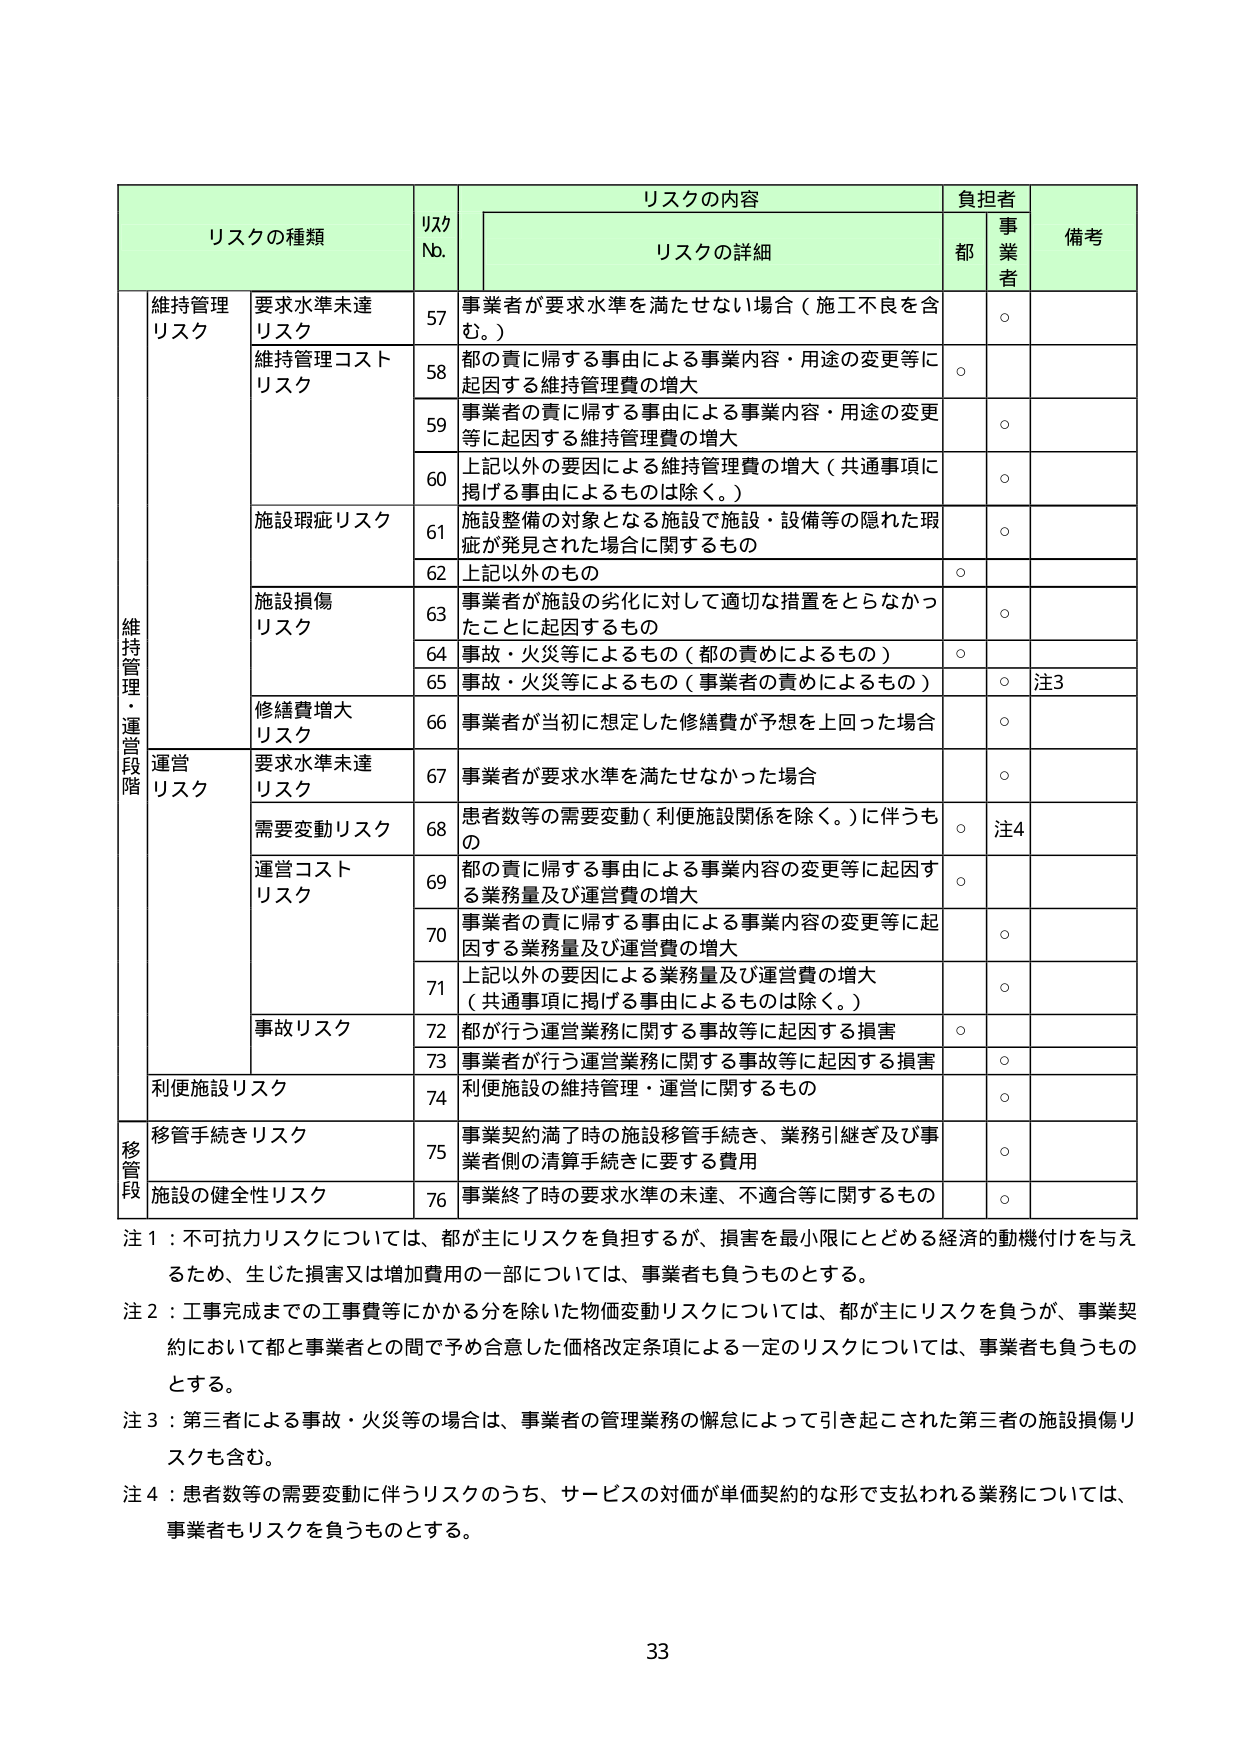
リスクの内容
負担者
リスクの種類
リスク
No.
リスクの詳細
都
事業者
備考
維持管理
リスク
要求水準未達
リスク
57
事業者が要求水準を満たせない場合（施工不良を含む。）
○
維持管理コスト
リスク
58
都の責に帰する事由による事業内容・用途の変更等に起因する維持管理費の増大
○
59
事業者の責に帰する事由による事業内容・用途の変更等に起因する維持管理費の増大
○
60
上記以外の要因による維持管理費の増大（共通事項に掲げる事由によるものは除く。）
○
施設瑕疵リスク
61
施設整備の対象となる施設で施設・設備等の隠れた瑕疵が発見された場合に関するもの
○
62
上記以外のもの
○
施設損傷
リスク
63
事業者が施設の劣化に対して適切な措置をとらなかったことに起因するもの
○
64
事故・火災等によるもの（都の責めによるもの）
○
65
事故・火災等によるもの（事業者の責めによるもの）
○
注3
修繕費増大
リスク
66
事業者が当初に想定した修繕費が予想を上回った場合
○
運営
リスク
要求水準未達
リスク
67
事業者が要求水準を満たせなかった場合
○
需要変動リスク
68
患者数等の需要変動（利便施設関係を除く。）に伴うもの
○
注4
運営コスト
リスク
69
都の責に帰する事由による事業内容の変更等に起因する業務量及び運営費の増大
○
70
事業者の責に帰する事由による事業内容の変更等に起因する業務量及び運営費の増大
○
71
上記以外の要因による業務量及び運営費の増大（共通事項に掲げる事由によるものは除く。）
○
事故リスク
72
都が行う運営業務に関する事故等に起因する損害
○
73
事業者が行う運営業務に関する事故等に起因する損害
○
利便施設リスク
74
利便施設の維持管理・運営に関するもの
○
移管
段
移管手続きリスク
75
事業契約満了時の施設移管手続き、業務引継ぎ及び事業者側の清算手続きに要する費用
○
施設の健全性リスク
76
事業終了時の要求水準の未達、不適合等に関するもの
○
注1：不可抗力リスクについては、都が主にリスクを負担するが、損害を最小限にとどめる経済的動機付けを与えるため、生じた損害又は増加費用の一部については、事業者も負うものとする。
注2：工事完成までの工事費等にかかる分を除いた物価変動リスクについては、都が主にリスクを負うが、事業契約において都と事業者との間で予め合意した価格改定条項による一定のリスクについては、事業者も負うものとする。
注3：第三者による事故・火災等の場合は、事業者の管理業務の懈怠によって引き起こされた第三者の施設損傷リスクも含む。
注4：患者数等の需要変動に伴うリスクのうち、サービスの対価が単価契約的な形で支払われる業務については、事業者もリスクを負うものとする。
33